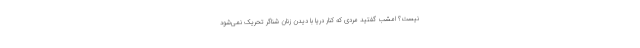
نیست؟ امشب گفتید مردی که کنار دریا با دیدن زنان شناگر تحریک نمی‌شود